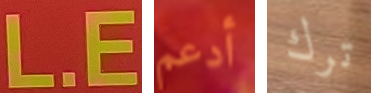
L.E أدعم ترك